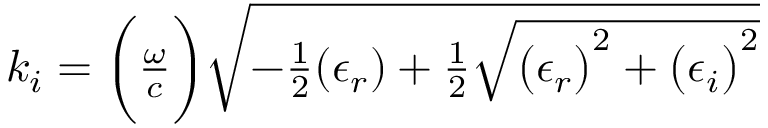
\begin{array} { r } { k _ { i } = \bigg ( \frac { \omega } { c } \bigg ) \sqrt { - \frac { 1 } { 2 } ( \epsilon _ { r } ) + \frac { 1 } { 2 } \sqrt { \big ( \epsilon _ { r } \big ) ^ { 2 } + \big ( \epsilon _ { i } \big ) ^ { 2 } } } } \end{array}